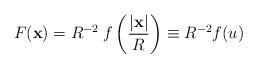
LaTeX: \begin{align*}F(\mathbf{x}) = R^{-2}\:f\left({|\mathbf{x}|\over R}\right) \equiv R^{-2} f(u) \end{align*}